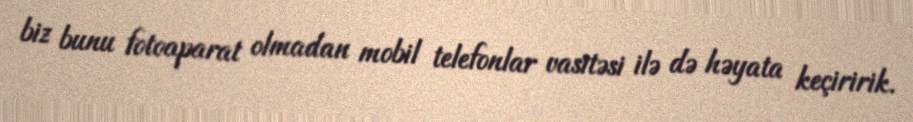
biz bunu fotoaparat olmadan mobil telefonlar vasitəsi ilə də həyata keçiririk.